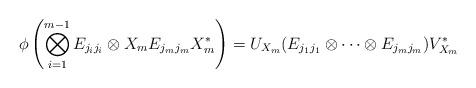
LaTeX: \begin{align*}\phi\left(\bigotimes\limits_{i=1}^{m-1} E_{j_ij_i}\otimes X_mE_{j_{m}j_{m}}X_m^*\right)= U_{X_m}(E_{j_1j_1}\otimes \cdots \otimes E_{j_mj_m})V_{X_m}^* \end{align*}